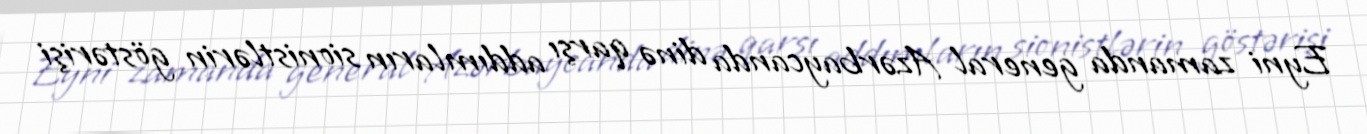
Eyni zamanda general Azərbaycanda dinə qarşı addımların sionistlərin göstərişi